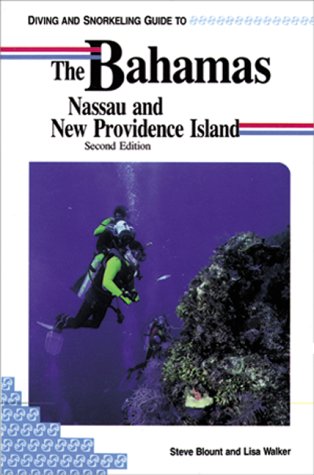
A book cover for Diving and Snorkeling Guide to the Bahamas Nassau and New Providence Island (Pisces Diving & Snorkeling Guides); Steve Blount; Travel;